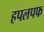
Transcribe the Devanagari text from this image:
हपलपफ